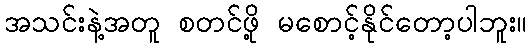
အသင်းနဲ့အတူ စတင်ဖို့ မစောင့်နိုင်တော့ပါဘူး။